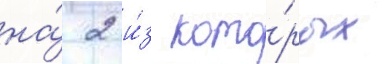
на́ 2 и́з кото́рых